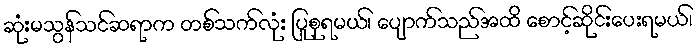
ဆုံးမသွန်သင်ဆရာက တစ်သက်လုံး ပြုစုရမယ်၊ ပျောက်သည်အထိ စောင့်ဆိုင်းပေးရမယ်၊